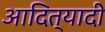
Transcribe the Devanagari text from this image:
आदित्यादी